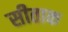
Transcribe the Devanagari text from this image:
सीताक